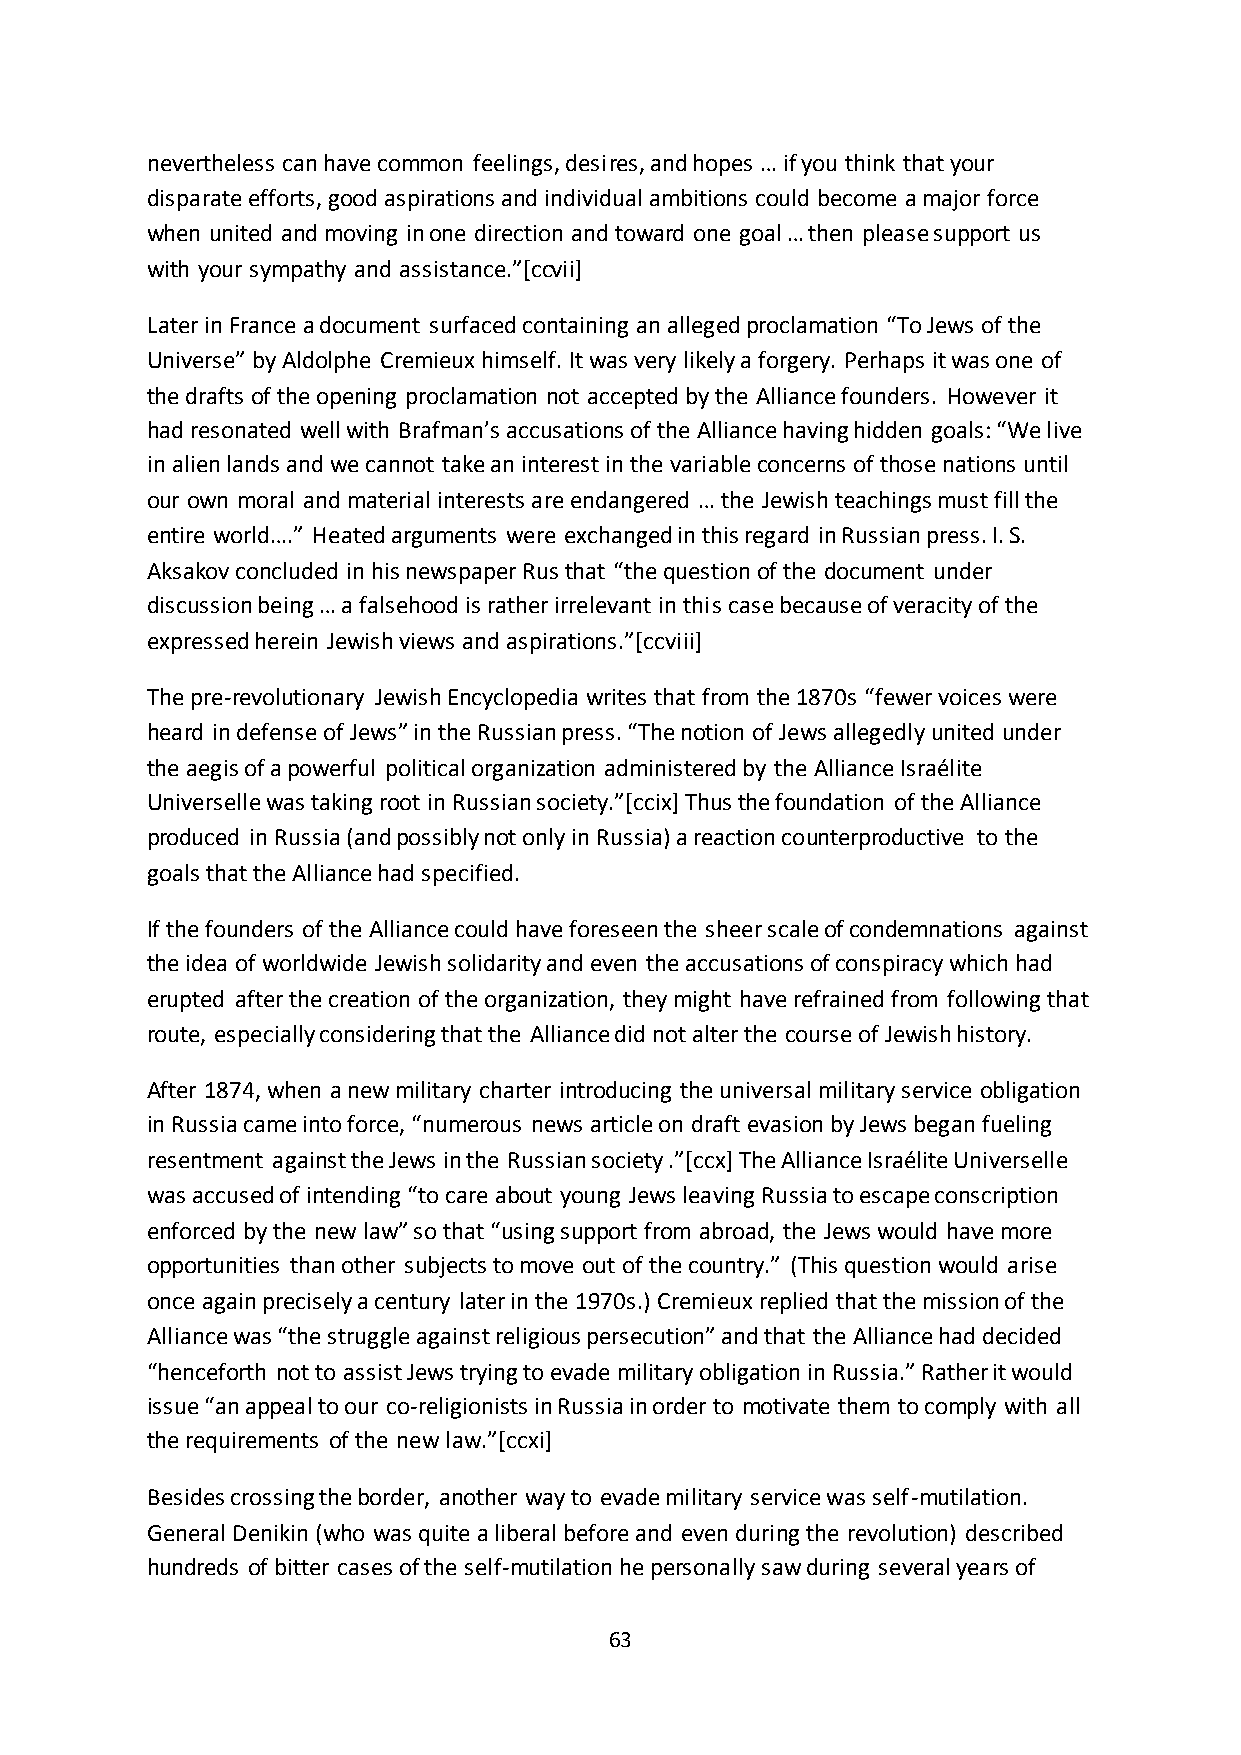
nevertheless can have common feelings, desires, and hopes … if you think that your
 disparate efforts, good aspirations and individual ambitions could become a major force
 when united and moving in one direction and toward one goal … then please support us
 with your sympathy and assistance.”*ccvii+
 Later in France a document surfaced containing an alleged proclamation “To Jews of the
 Universe” by Aldolphe Cremieux himself. It was very likely a forgery. Perhaps it was one of
 the drafts of the opening proclamation not accepted by the Alliance founders. However it
 had resonated well with Brafman’s accusations of the Alliance having hidden goals: “We live
 in alien lands and we cannot take an interest in the variable concerns of those nations until
 our own moral and material interests are endangered … the Jewish teachings must fill the
 entire world….” Heated arguments were exchanged in this regard in Russian press. I. S.
 Aksakov concluded in his newspaper Rus that “the question of the document under
 discussion being … a falsehood is rather irrelevant in this case because of veracity of the
 expressed herein Jewish views and aspirations.”*ccviii+
 The pre-revolutionary Jewish Encyclopedia writes that from the 1870s “fewer voices were
 heard in defense of Jews” in the Russian press. “The notion of Jews allegedly united under
 the aegis of a powerful political organization administered by the Alliance Israélite
 Universelle was taking root in Russian society.”*ccix+ Thus the foundation of the Alliance
 produced in Russia (and possibly not only in Russia) a reaction counterproductive to the
 goals that the Alliance had specified.
 If the founders of the Alliance could have foreseen the sheer scale of condemnations against
 the idea of worldwide Jewish solidarity and even the accusations of conspiracy which had
 erupted after the creation of the organization, they might have refrained from following that
 route, especially considering that the Alliance did not alter the course of Jewish history.
 After 1874, when a new military charter introducing the universal military service obligation
 in Russia came into force, “numerous news article on draft evasion by Jews began fueling
 resentment against the Jews in the Russian society .”*ccx+ The Alliance Israélite Universelle
 was accused of intending “to care about young Jews leaving Russia to escape conscription
 enforced by the new law” so that “using support from abroad, the Jews would have more
 opportunities than other subjects to move out of the country.” (This question would arise
 once again precisely a century later in the 1970s.) Cremieux replied that the mission of the
 Alliance was “the struggle against religious persecution” and that the Alliance had decided
 “henceforth not to assist Jews trying to evade military obligation in Russia.” Rather it would
 issue “an appeal to our co-religionists in Russia in order to motivate them to comply with all
 the requirements of the new law.”*ccxi+
 Besides crossing the border, another way to evade military service was self-mutilation.
 General Denikin (who was quite a liberal before and even during the revolution) described
 hundreds of bitter cases of the self-mutilation he personally saw during several years of
 63